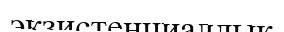
экзистенциалдық